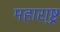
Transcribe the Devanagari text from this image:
महारा़्ष्ट्र